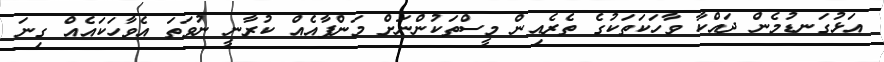
އަޅުގަނޑުމެން ދައްކާ ވާހަކަތަކުގެ ތެރެއިން މީސްތަކުންނަށް މަންފާއެއް ކުރާނީ ނުވަތަ އެވާހަކައެއް ގިނަ